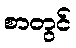
စာတွင်